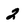
Character: 2